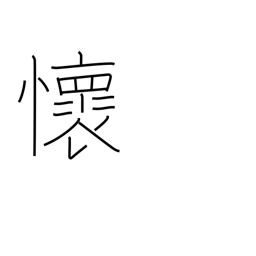
Meaning: feelings